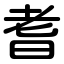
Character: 耆